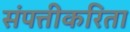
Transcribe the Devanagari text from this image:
संपत्तीकरिता